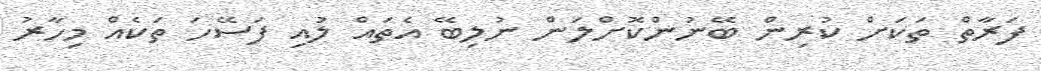
ފަރާތް ތަކަށް ކުރިން ބޭނުންކޮށްލަން ނުލިބޭ އެތައް ލުއި ފަސޭހަ ތަކެއް މިހާރު